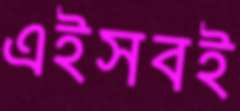
এইসবই